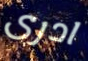
ادرى